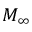
M _ { \infty }